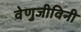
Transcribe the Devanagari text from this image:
वेणुजीविनी